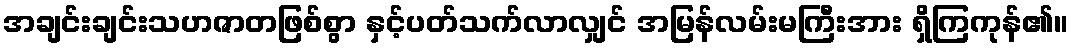
အချင်းချင်းသဟဇာတဖြစ်စွာ နှင့်ပတ်သက်လာလျှင် အမြန်လမ်းမကြီးအား ရှိကြကုန်၏။